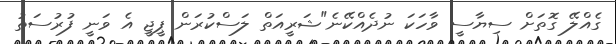
ގެއްލޭ ގޮތަށް ސިޔާސީ ވާހަކަ ނުދެއްކޭނެ"ޝަރީއަތް ލަސްކުރަން ޕީޖީ އެ ވަނީ ފުރުސަތު